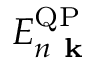
E _ { n \textbf { k } } ^ { \mathrm { Q P } }